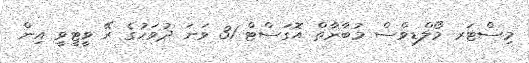
މިސްޓަރ މޯލްޑިވްސް މުބާރާތް އޮގަސްޓް 31 ވަނަ ދުވަހުގެ ރޭ ވީީޓީވީ އިން